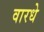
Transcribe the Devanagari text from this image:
वारधे